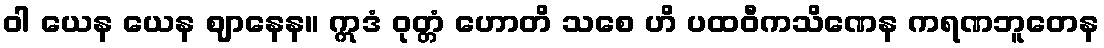
ဝါ ယေန ယေန ဈာနေန။ ဣဒံ ဝုတ္တံ ဟောတိ သစေ ဟိ ပထဝီကသိဏေန ကရဏဘူတေန